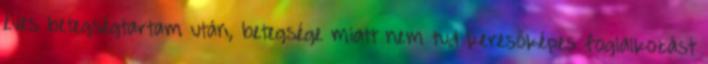
éves betegségtartam után, betegsége miatt nem tud keresőképes foglalkozást